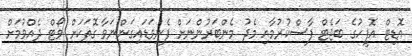
އޮޑިޓް އޮފީހުގެ ބަޖެޓް ފާސްކުރުމާއި މެދު މެންބަރުންނަށް ފެނިވަޑައިގަންނަވާ ގޮތަކަށް ވޯޓް ދެއްވުމަށް